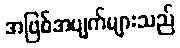
အဖြစ်အပျက်များသည်